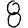
Digit: 8